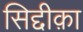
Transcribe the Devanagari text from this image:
सिद्दीक़ा